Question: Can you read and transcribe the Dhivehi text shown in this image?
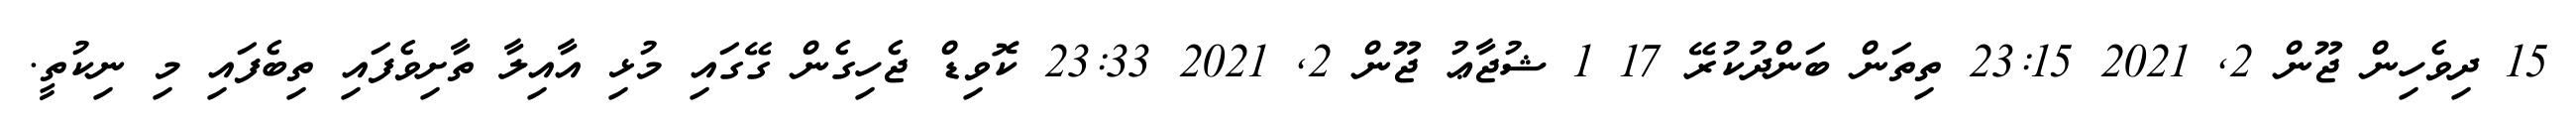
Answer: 15 ދިވެހިން ޖޫން 2, 2021 23:15 ތިތަން ބަންދުކުރޭ 17 1 ޝުޖާޢު ޖޫން 2, 2021 23:33 ކޮވިޑް ޖެހިގެން ގޭގައި މުޅި އާއިލާ ތާށިވެފައި ތިބެފައި މި ނިކުތީ.